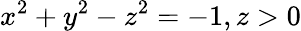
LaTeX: x^{2}+y^{2}-z^{2}=-1,z>0